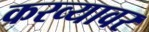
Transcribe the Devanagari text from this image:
करव्यावर